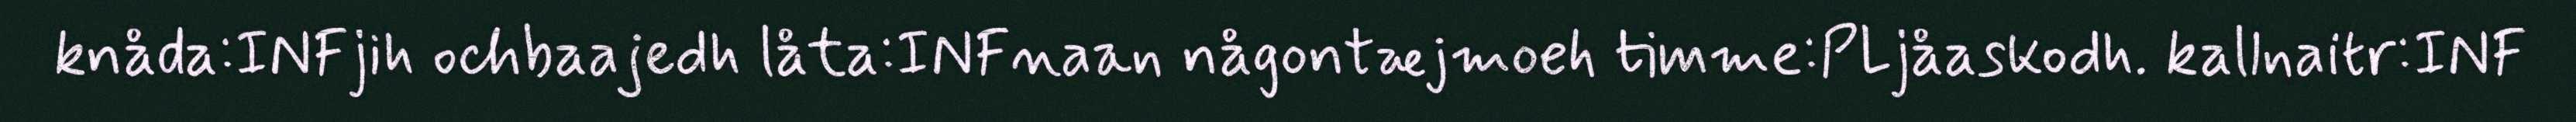
knåda:INFjih ochbaajedh låta:INFnaan någontæjmoeh timme:PLjåaskodh. kallnaitr:INF